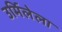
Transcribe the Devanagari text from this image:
उर्मिलेला